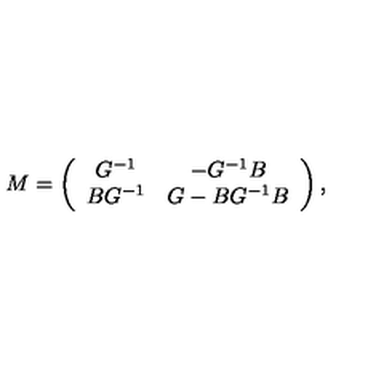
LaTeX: M = \left( \begin{array} { c c } { G ^ { - 1 } } & { - G ^ { - 1 } B } \\ { B G ^ { - 1 } } & { G - B G ^ { - 1 } B } \\ \end{array} \right) ,